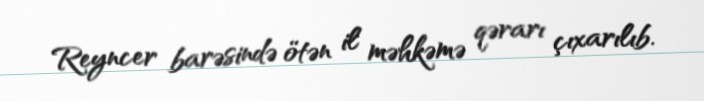
Reyncer barəsində ötən il məhkəmə qərarı çıxarılıb.